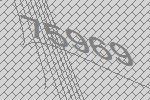
75969